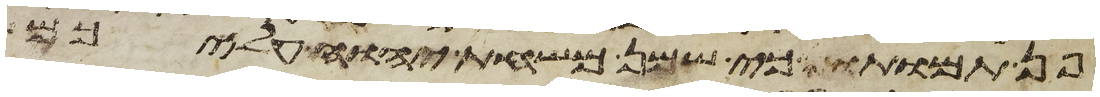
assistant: פן תמותו כי שמן משחת יהוה עליכם